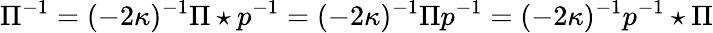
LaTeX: \Pi^{-1}=(-2\kappa)^{-1}\Pi\star p^{-1}=(-2\kappa)^{-1}\Pi p^{-1}=(-2\kappa)^{-1}p^{-1}\star\Pi